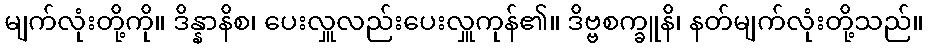
မျက်လုံးတို့ကို။ ဒိန္နာနိစ၊ ပေးလှူလည်းပေးလှူကုန်၏။ ဒိဗ္ဗစက္ခူနိ၊ နတ်မျက်လုံးတို့သည်။